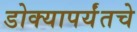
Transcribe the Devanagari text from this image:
डोक्यापर्यंतचे